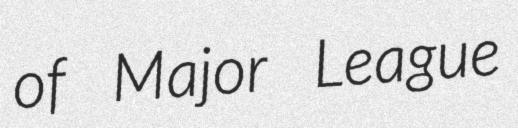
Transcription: of Major League